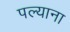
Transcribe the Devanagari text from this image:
पल्याना